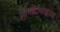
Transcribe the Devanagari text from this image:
ऑपटिमाइज्ड